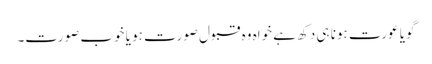
گویا عورت ہونا ہی دکھ ہے خواہ وہ قبول صورت ہو یا خوب صورت۔